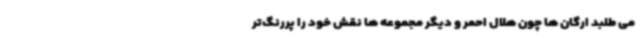
می طلبد ارگان ها چون هلال احمر و دیگر مجموعه ها نقش خود را پررنگ‌تر